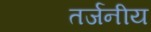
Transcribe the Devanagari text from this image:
तर्जनीय